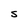
Character: S